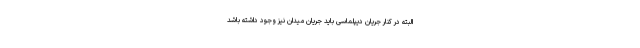
البته در کنار جریان دیپلماسی باید جریان میدان نیز وجود داشته باشد